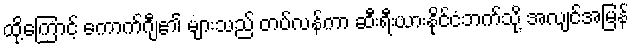
ထို့ကြောင့် ကောက်ဂျီ၏ များသည် တပ်လန်ကာ ဆီးရီးယားနိုင်ငံဘက်သို့ အလျင်အမြန်